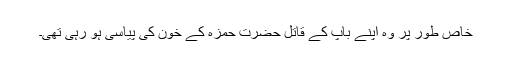
خاص طور پر وہ اپنے باپ کے قاتل حضرت حمزہؓ کے خون کی پیاسی ہو رہی تھی۔